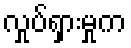
လှုပ်ရှားမှုက